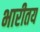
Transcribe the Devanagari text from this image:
भारीतय